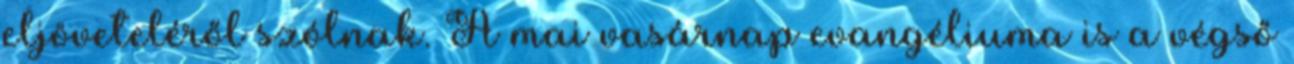
eljöveteléről szólnak. A mai vasárnap evangéliuma is a végső